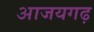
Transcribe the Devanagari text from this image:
आजयगढ़